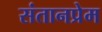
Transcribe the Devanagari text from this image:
संतानप्रेम